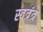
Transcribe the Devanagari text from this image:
स्वत्रंत्र